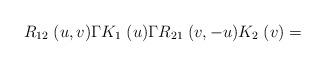
LaTeX: \begin{align*}R_{12}\; (u,v) \Gamma K_{1} \; (u)\Gamma R_{21}\; (v,- u) K_{2}\; (v) =\end{align*}